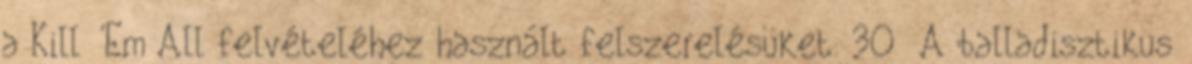
a Kill 'Em All felvételéhez használt felszerelésüket. 30 A balladisztikus